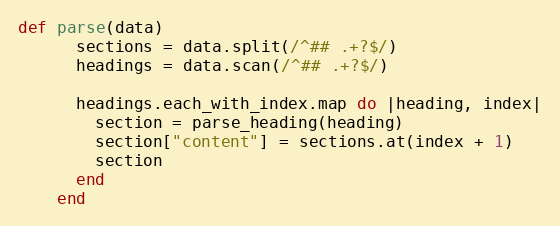
Language: Ruby
def parse(data)
      sections = data.split(/^## .+?$/)
      headings = data.scan(/^## .+?$/)

      headings.each_with_index.map do |heading, index|
        section = parse_heading(heading)
        section["content"] = sections.at(index + 1)
        section
      end
    end